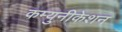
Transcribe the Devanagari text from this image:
कम्युनीकेशन